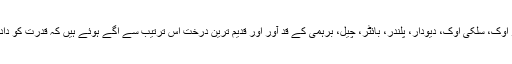
جا بجا شاہ بلوط، اوک، سلور اوک، سلکی اوک، دیودار، پلندر، بائٹر، چیل، برہمی کے قد آور اور قدیم ترین درخت اس ترتیب سے اگے ہوئے ہیں کہ قدرت کو داد دیئے بغیر نہیں رہا جاسکتا۔